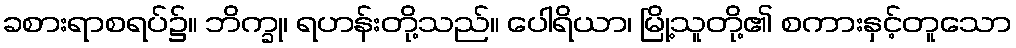
ခစားရာစရပ်၌။ ဘိက္ခု၊ ရဟန်းတို့သည်။ ပေါရိယာ၊ မြို့သူတို့၏ စကားနှင့်တူသော